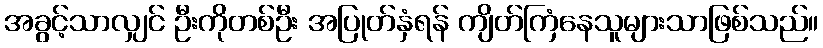
အခွင့်သာလျှင် ဦးကိုတစ်ဦး အပြုတ်နှံရန် ကျိတ်ကြံနေသူများသာဖြစ်သည်။